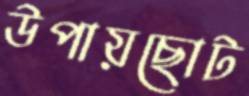
উপায়ছোট